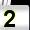
Digit: 2